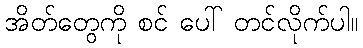
အိတ်တွေကို စင် ပေါ် တင်လိုက်ပါ။